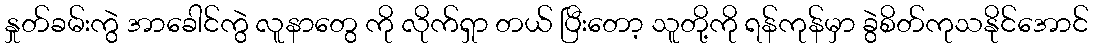
နှုတ်ခမ်းကွဲ အာခေါင်ကွဲ လူနာတွေ ကို လိုက်ရှာ တယ် ပြီးတော့ သူတို့ကို ရန်ကုန်မှာ ခွဲစိတ်ကုသနိုင်အောင်